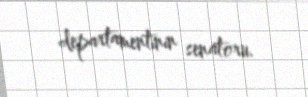
departamentinin senatoru.